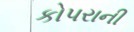
કોપરાની